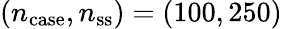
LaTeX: (n_{\mathrm{case}},n_{\mathrm{ss}})=(100,250)